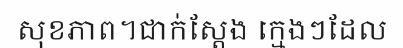
សុខភាព។ជាក់ស្តែង ក្មេងៗដែល